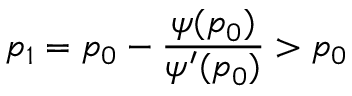
p _ { 1 } = p _ { 0 } - \frac { \psi ( p _ { 0 } ) } { \psi ^ { \prime } ( p _ { 0 } ) } > p _ { 0 }